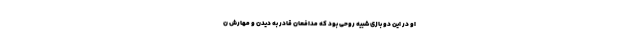
او در این دو بازی شبیه روحی بود که مدافعان قادر به دیدن و مهارش ن